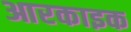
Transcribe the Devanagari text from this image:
आरकाइक